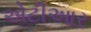
એટીઆર